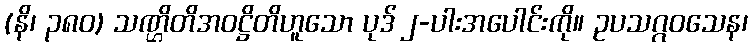
(နိ၊ ၃၈၀) သဏ္ဌိတိအဝဋ္ဌိတိဟူသော ပုဒ် ၂-ပါးအပေါင်းကို။ ဥပသဂ္ဂဝသေန၊